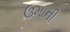
ઉમાની